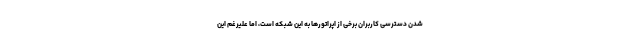
شدن دسترسی کاربران برخی از اپراتورها به این شبکه است، اما علیرغم این